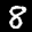
Label: 8